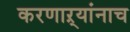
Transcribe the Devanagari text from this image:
करणाऱ्यांनाच